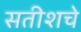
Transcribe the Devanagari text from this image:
सतीशचे